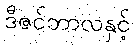
ဒီဇင်ဘာလနှင့်